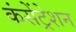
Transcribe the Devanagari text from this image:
कंसेंट्रेशन